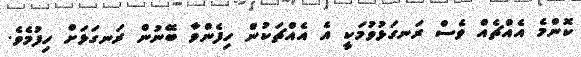
ކޮންމެ އެއްޗެއް ވެސް ރަނގަޅުވުމަކީ އެ އެއްޗަކުން ހިފެންވާ ބޭނުން ރަނގަޅަށް ހިފުމެވެ.